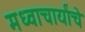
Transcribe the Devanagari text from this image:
मध्वाचार्यांचे